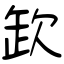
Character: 欫